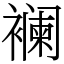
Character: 襕